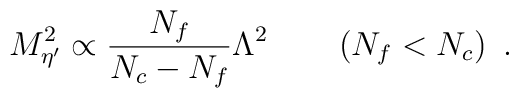
M^2_{\eta^{\prime}}\propto\frac{N_f}{N_c - N_f} \Lambda^2 \qquad \left(N_f < N_c\right)\ .